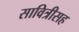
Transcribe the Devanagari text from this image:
सावित्रीसह